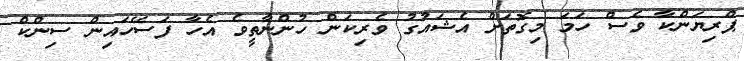
ޕްރިޔަންކާ ވެސް ހަމަ މިގޮތަށް އެޝައުގު ވެރިކަން ހުންނާތީވެ އެހާ ފަސޭހައިން ސިންކް